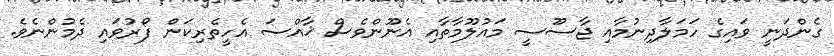
ގެންދަނީ ވައިގެ ހަމަލާދިނުމާއި ޖާސޫސީ މައުލޫމާތާއި އެނޫންވެސް ޚާއްސަ އެހީތެރިކަން ފޯރުވައި ދެމުންނެވެ.